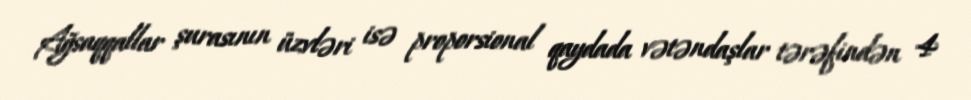
Ağsaqqallar şurasının üzvləri isə proporsional qaydada vətəndaşlar tərəfindən 4